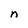
Character: n